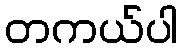
တကယ်ပါ